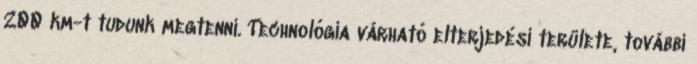
200 km-t tudunk megtenni. Technológia várható elterjedési területe, további